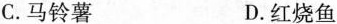
C.马铃薯 D.红烧鱼